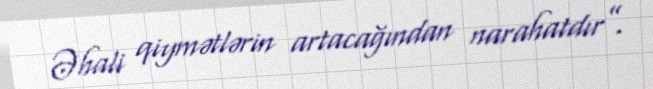
Əhali qiymətlərin artacağından narahatdır”.